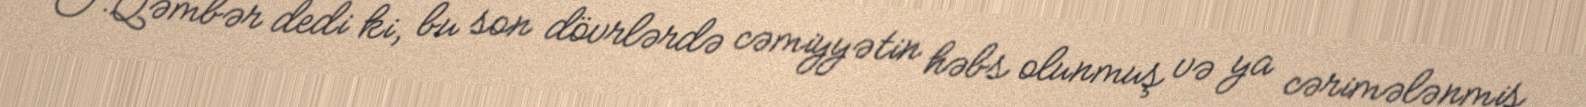
T.Qəmbər dedi ki, bu son dövrlərdə cəmiyyətin həbs olunmuş və ya cərimələnmiş